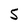
Character: S